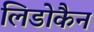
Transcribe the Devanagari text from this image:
लिडोकैन